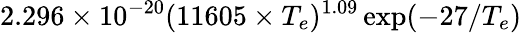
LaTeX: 2.296\times 10^{-20}(11605\times T_{e})^{1.09}\exp({-27/T_{e}})